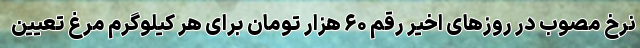
نرخ مصوب در روزهای اخیر رقم ۶۰ هزار تومان برای هر کیلوگرم مرغ تعیین